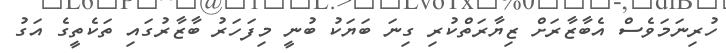
ހުރިނަމަވެސް އެބާޒާރަށް ޒިޔާރަތްކުރި ގިނަ ބަޔަކު ބުނީ މިފަހަރު ބާޒާރުގައި ތަކެތީގެ އަގު